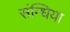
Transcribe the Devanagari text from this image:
संन्धिया